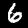
Digit: 6